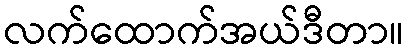
လက်ထောက်အယ်ဒီတာ။